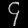
Digit: ၄